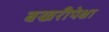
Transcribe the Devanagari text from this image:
बखरीपेक्षा